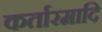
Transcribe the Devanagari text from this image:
कर्तारमादि